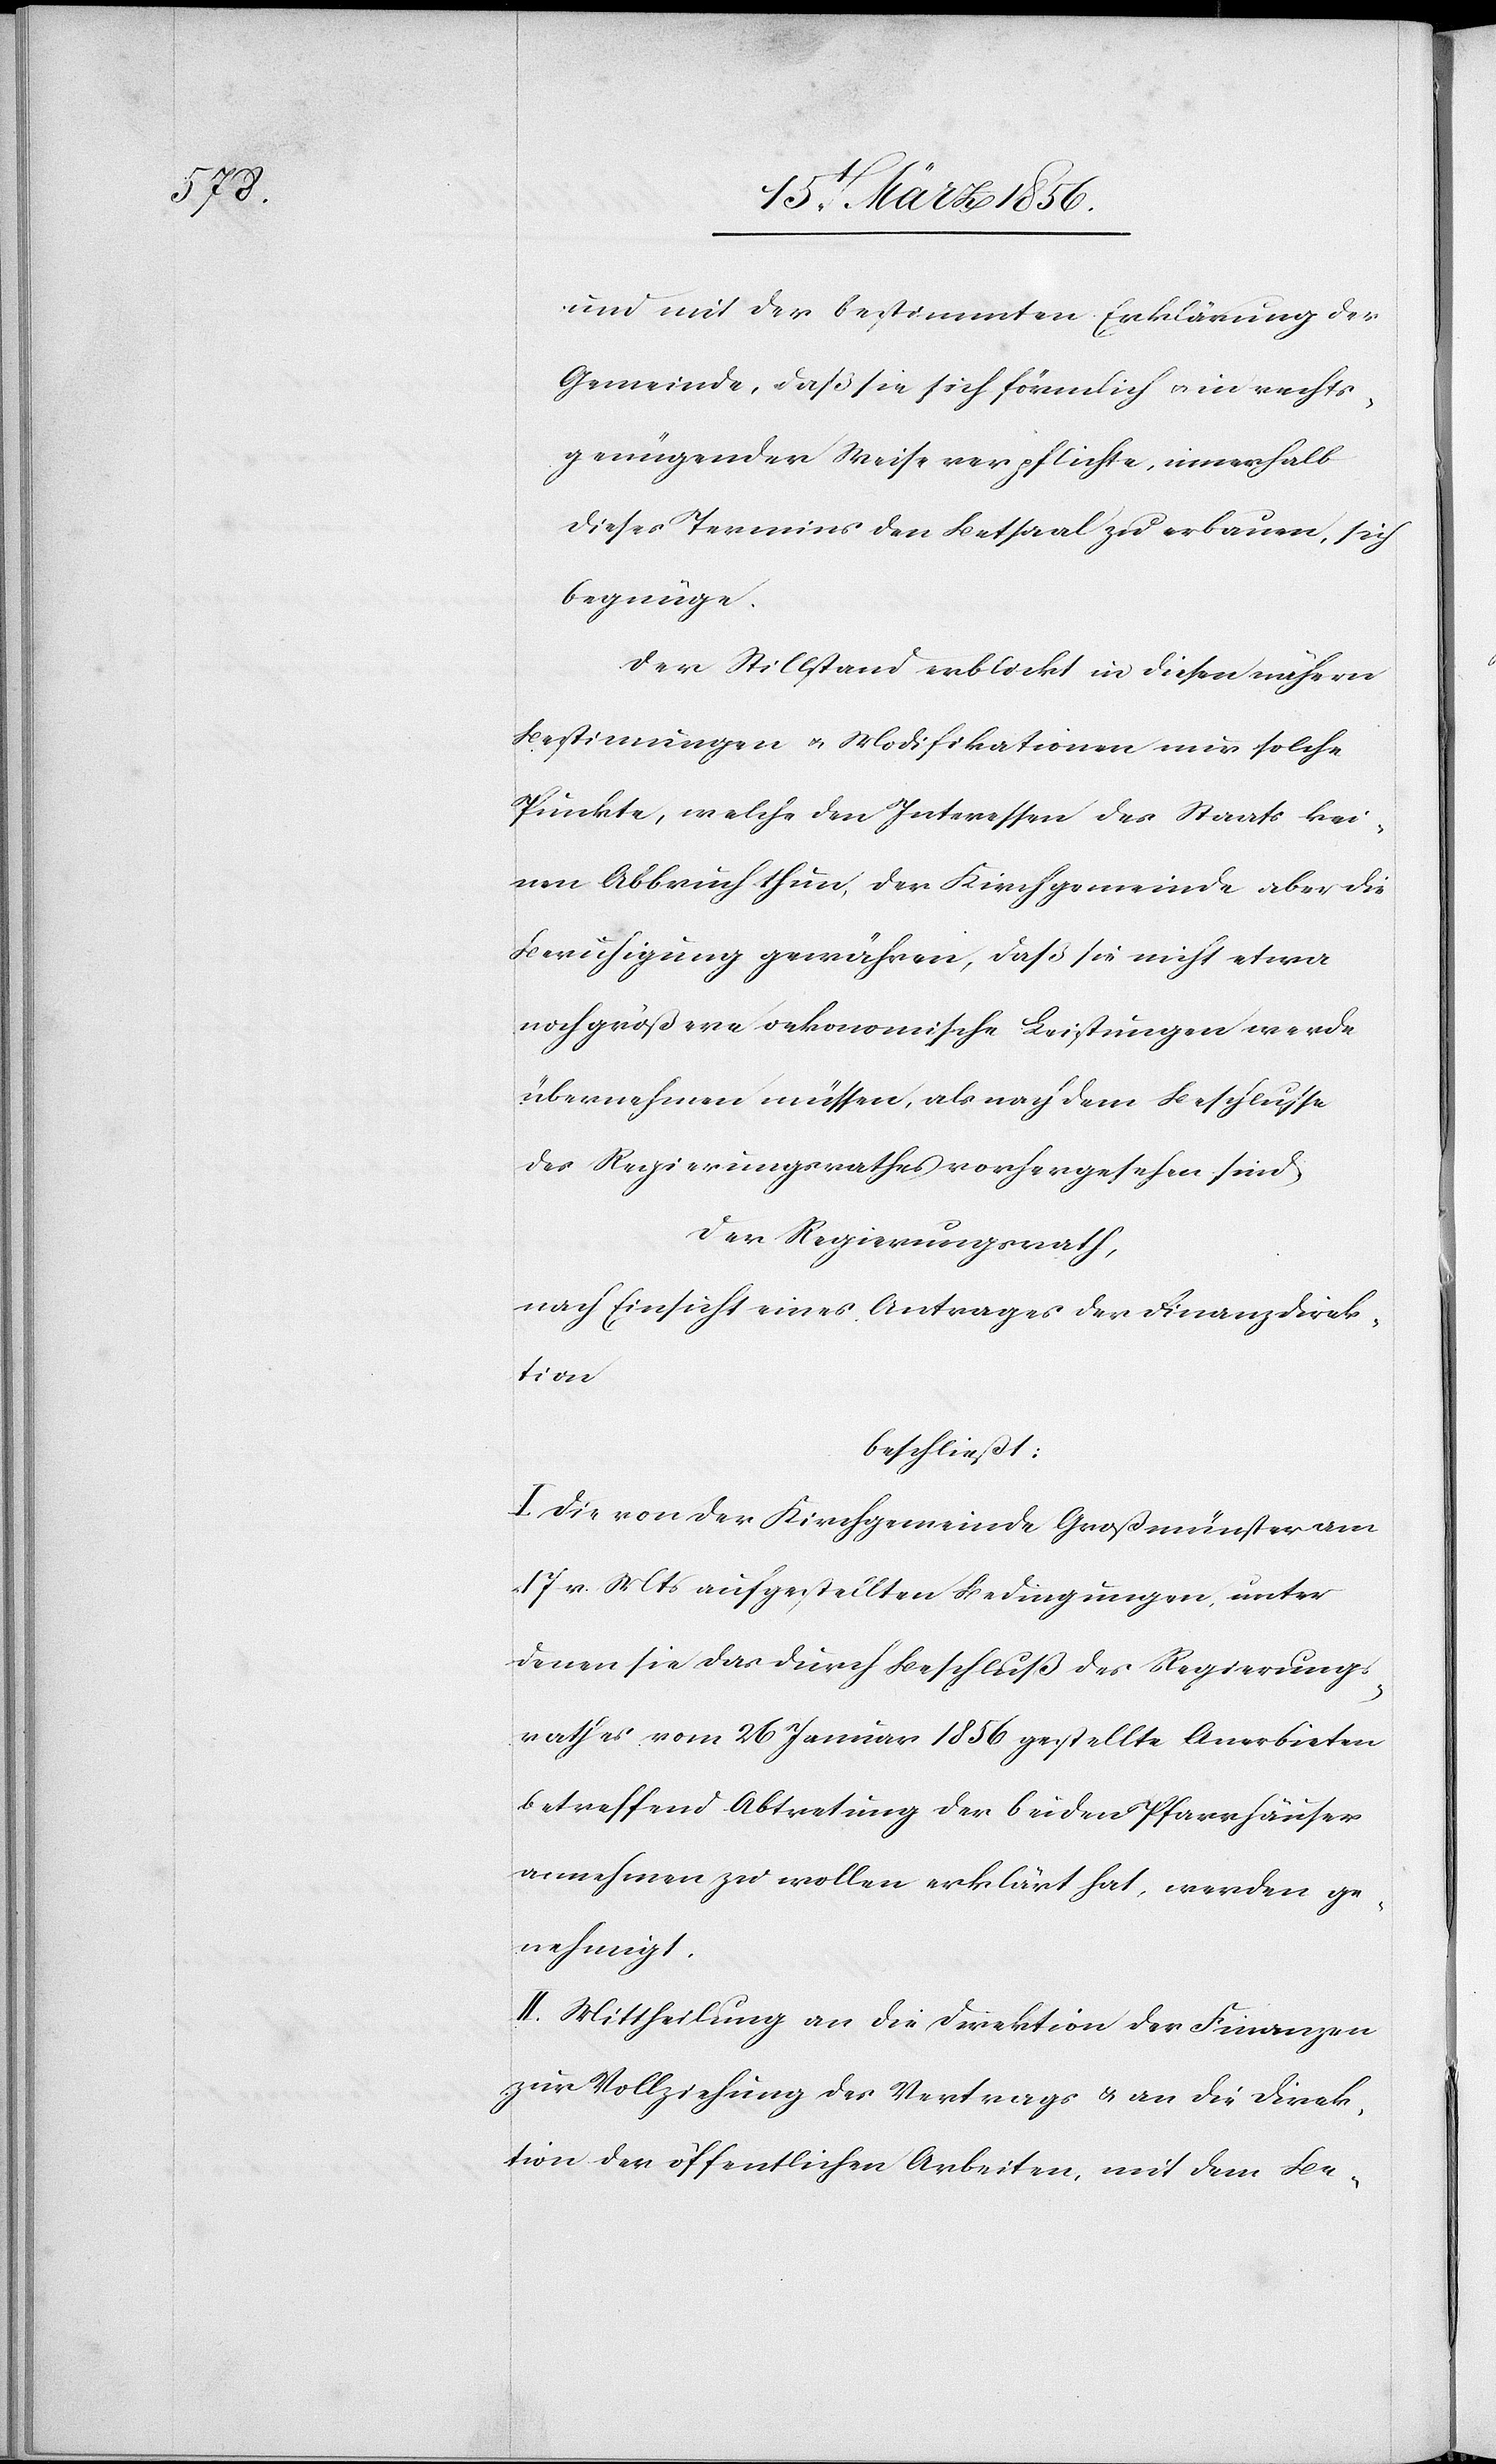
und mit der bestimmten Erklärung der
Gemeinde, daß sie sich förmlich u. in rechts¬
genügender Weise verpflichte, innerhalb
dieses Termins den Betsaal zu erbauen, sich
begnüge.
Der Stillstand erblickt in diesen nähern
Bestimungen u. Modifikationen nur solche
Punkte, welche den Interessen des Staats kei¬
nen Abbruch thun, der Kirchgemeinde aber die
Beruhigung gewähren, daß sie nicht etwa
noch größere oekonomische Leistungen werde
übernehmen müssen, als nach dem Beschlusse
des Regierungsrathes vorhergesehen sind
Der Regierungsrath,
nach Einsicht eines Antrages der Finanzdirek¬
tion
beschließt:
I. Die von der Kirchgemeinde Großmünster am
17 v. Mts aufgestellten Bedingungen unter
denen sie das durch Beschluß des Regierungs¬
rathes vom 26 Januar 1856 gestellte Anerbieten
betreffend Abtretung der beiden Pfarrhäuser
annehmen zu wollen erklärt hat, werden ge¬
nehmigt.
II. Mittheilung an die Direktion der Finanzen
zur Vollziehung des Vertrags & an die Direk¬
tion der öffentlichen Arbeiten, mit dem Be-